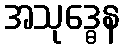
အသုဒ္ဓေန